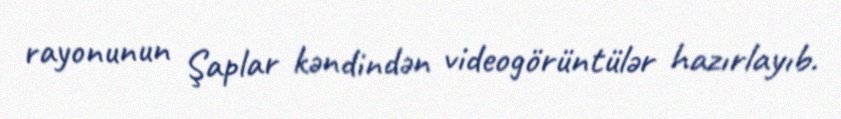
rayonunun Şaplar kəndindən videogörüntülər hazırlayıb.